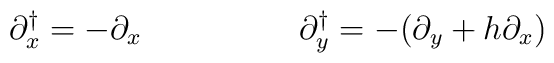
\partial_x^{\dagger} = - \partial_x  \hskip 2cm \partial_y^{\dagger} = - (\partial_y + h \partial_x )